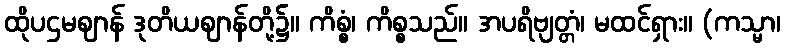
ထိုပဌမဈာန် ဒုတိယဈာန်တို့၌။ ကိစ္စံ၊ ကိစ္စသည်။ အပရိဗျတ္တံ၊ မထင်ရှား။ (ကသ္မာ၊